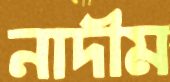
নাদীম